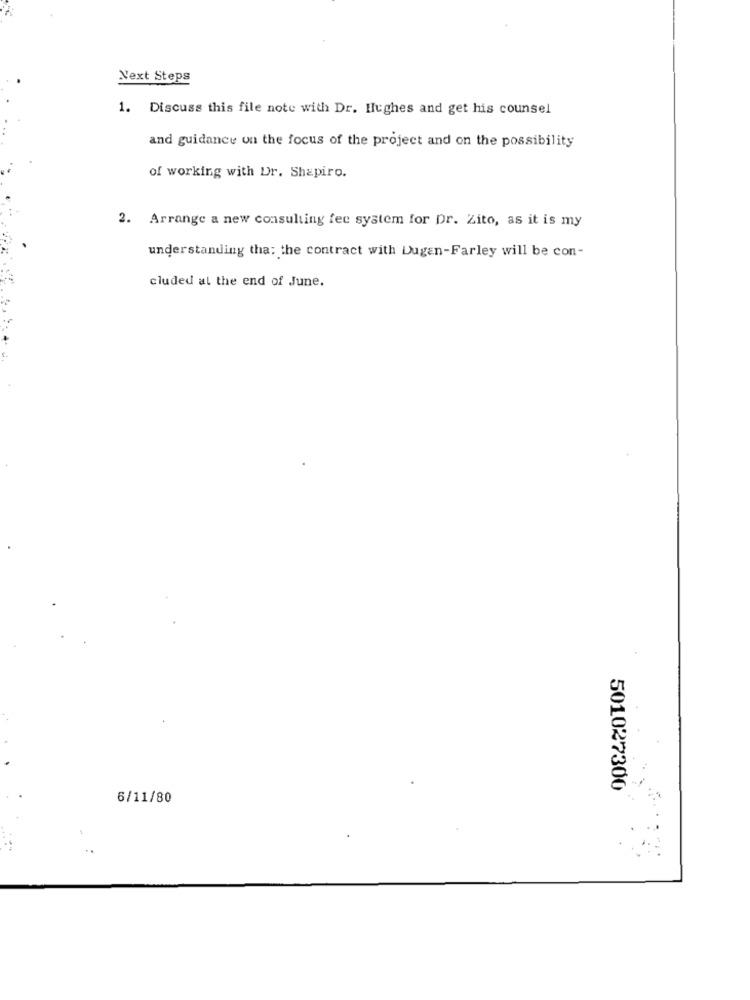
Next Steps
1. Discuss this file note with Dr. Hughes and get his counsel
and guidance on the focus of the project and on the possibility
of working with Dr. Shapiro.
2. Arrange a new consulting fee system for pr. Zito, as it is my
understanding tha: the contract with Dugen-Farley will be con-
cluded al the end of June.
501027300
6/11/80